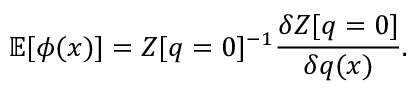
\mathbb { E } [ \phi ( x ) ] = Z [ q = 0 ] ^ { - 1 } \frac { \delta Z [ q = 0 ] } { \delta q ( x ) } .